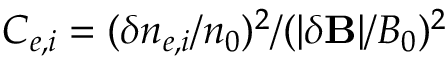
C _ { e , i } = ( \delta n _ { e , i } / n _ { 0 } ) ^ { 2 } / ( | \delta \mathbf { B } | / B _ { 0 } ) ^ { 2 }